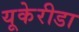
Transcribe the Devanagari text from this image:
यूकेरीडा